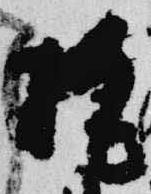
梶